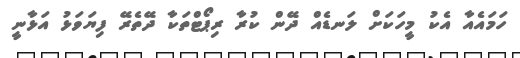
ހަމައެއާ އެކު މީހަކަށް ލަނޑެއް ދޭން ކުރާ ރިޕޯޓްތަކާ ދޭތެރޭ ފިޔަވަޅު އަޅާނީ